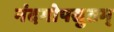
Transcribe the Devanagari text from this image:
नंदगोपसुतम्